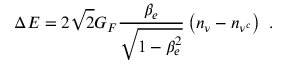
\Delta E = 2 \sqrt { 2 } G _ { F } \frac { \beta _ { e } } { \sqrt { 1 - \beta _ { e } ^ { 2 } } } \left( n _ { \nu } - n _ { \nu ^ { c } } \right) ~ .